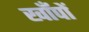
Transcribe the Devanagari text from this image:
खाँपों